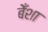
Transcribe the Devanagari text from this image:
बेँशा